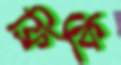
ফ্রিকি